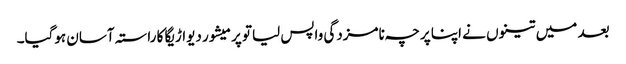
بعد میں تینوں نے اپنا پرچہ نامزدگی واپس لیاتو پرمیشور دیواڑیگا کا راستہ آسان ہوگیا۔